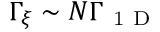
\Gamma _ { \xi } \sim N \Gamma _ { \mathrm { ~ 1 ~ D ~ } }